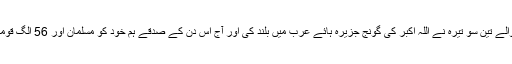
یوم تکبیر غزوہ بدر کا دن تھا جب اللہ کی ناموس پر کٹنے مرنے والے تین سو تیرہ نے اللہ اکبر کی گونج جزیرہ ہائے عرب میں بلند کی اور آج اس دن کے صدقے ہم خود کو مسلمان اور 56 الگ قومی شناختوں سے متعارف کرواتے ہیں، امت مسلمہ کے عنوان سے۔